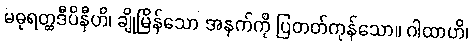
မဓုရတ္ထဒီပိနီဟိ၊ ချိုမြိန်သော အနက်ကို ပြတတ်ကုန်သော။ ဂါထာဟိ၊